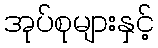
အုပ်စုများနှင့်